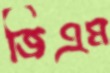
জিএম